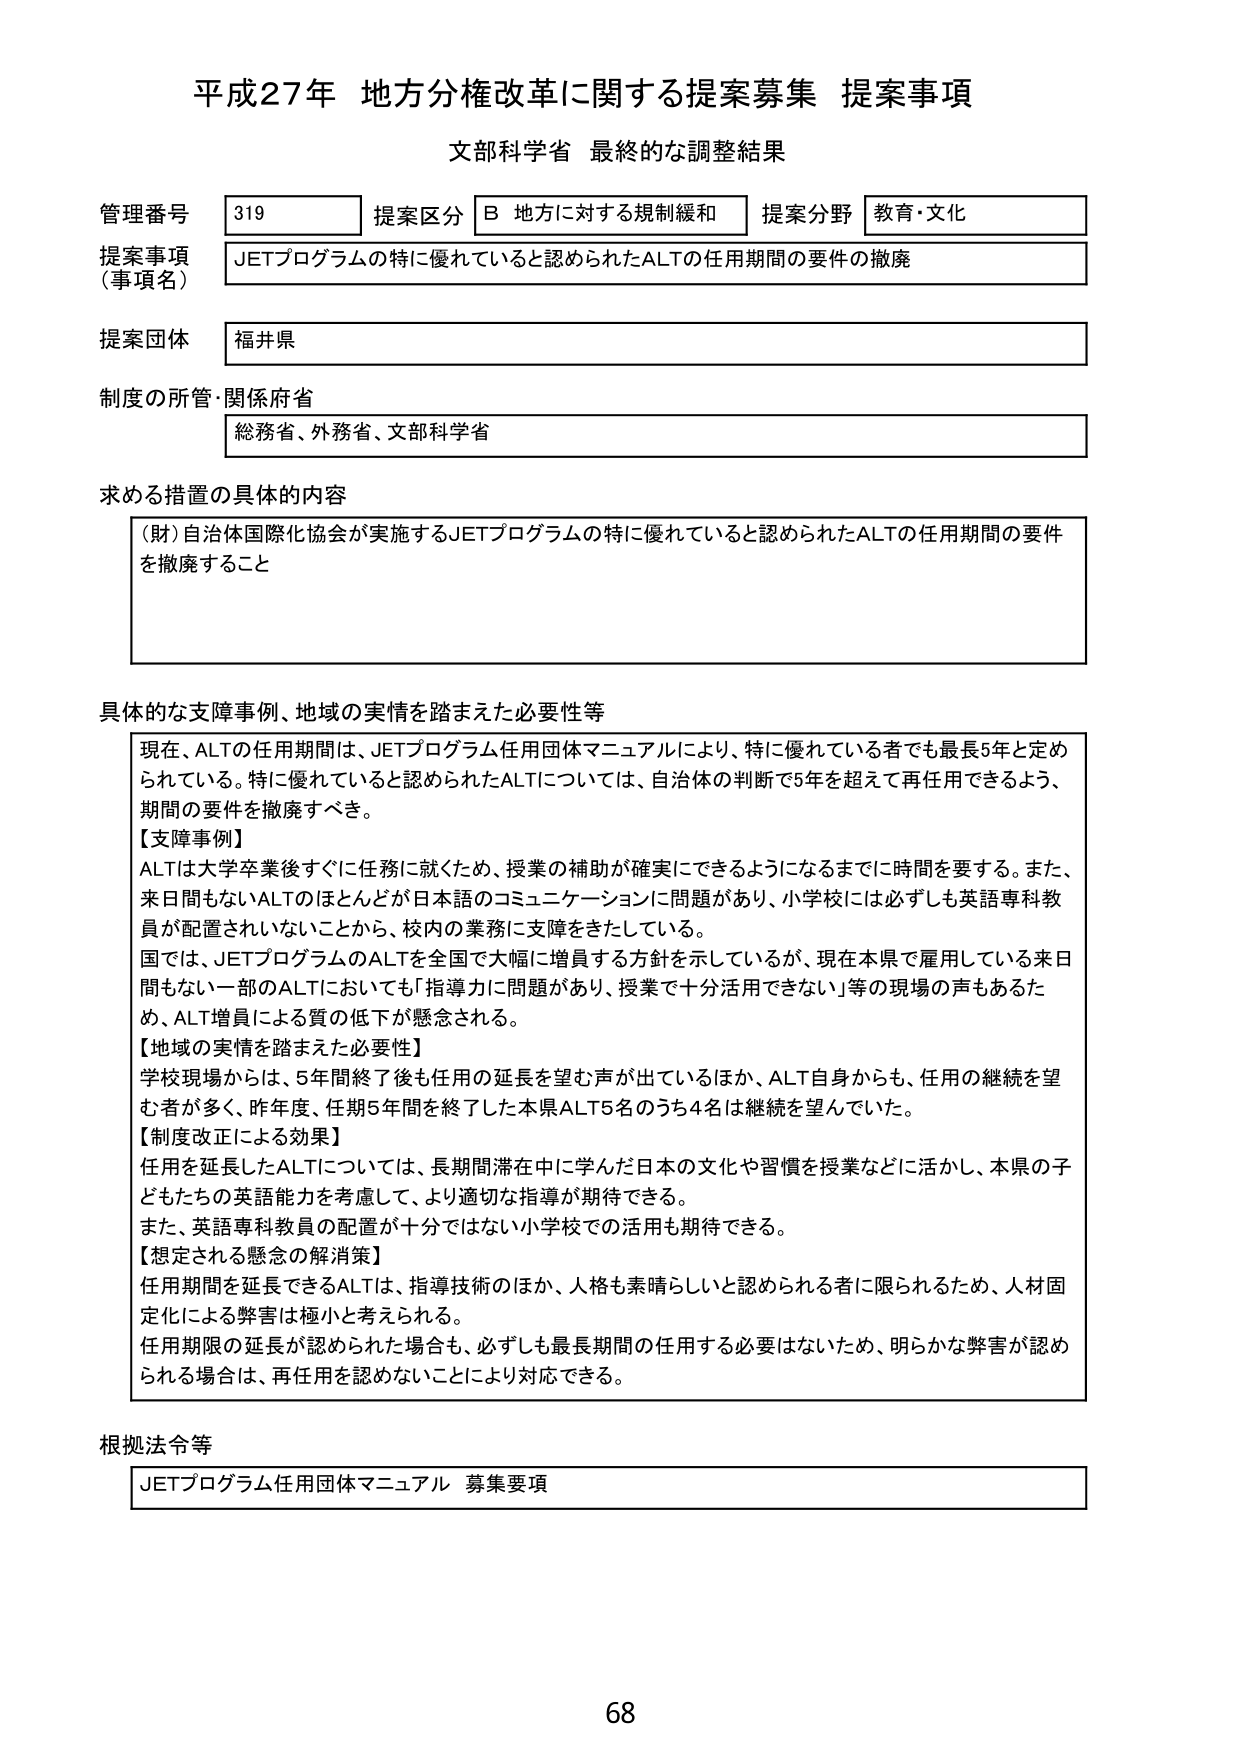
平成27年 地方分権改革に関する提案募集 提案事項
文部科学省 最終的な調整結果

管理番号 319 提案区分 B 地方に対する規制緩和 提案分野 教育・文化
提案事項（事項名） JETプログラムの特に優れていると認められたALTの任用期間の要件の撤廃
提案団体 福井県
制度の所管・関係府省 総務省、外務省、文部科学省

求める措置の具体的内容
（財）自治体国際化協会が実施するJETプログラムの特に優れていると認められたALTの任用期間の要件を撤廃すること

具体的な支障事例、地域の実情を踏まえた必要性等
現在、ALTの任用期間は、JETプログラム任用団体マニュアルにより、特に優れている者でも最長5年と定められている。特に優れていると認められたALTについては、自治体の判断で5年を超えて再任用できるよう、期間の要件を撤廃すべき。
【支障事例】
ALTは大学卒業後すぐに任務に就くため、授業の補助が確実にできるようになるまでに時間を要する。また、来日間もないALTのほとんどが日本語のコミュニケーションに問題があり、小学校には必ずしも英語専科教員が配置されていないことから、校内の業務に支障をきたしている。
国では、JETプログラムのALTを全国で大幅に増員する方針を示しているが、現在本県で雇用している来日間もない一部のALTにおいても「指導力に問題があり、授業で十分活用できない」等の現場の声もあるため、ALT増員による質の低下が懸念される。
【地域の実情を踏まえた必要性】
学校現場からは、5年間終了後も任用の延長を望む声が出ているほか、ALT自身からも、任用の継続を望む者が多く、昨年度、任期5年間を終了した本県ALT5名のうち4名は継続を望んでいた。
【制度改正による効果】
任用を延長したALTについては、長期間滞在中に学んだ日本の文化や習慣を授業などに活かし、本県の子どもたちの英語能力を考慮して、より適切な指導が期待できる。
また、英語専科教員の配置が十分ではない小学校での活用も期待できる。
【想定される懸念の解消策】
任用期間を延長できるALTは、指導技術のほか、人格も素晴らしいと認められる者に限られるため、人材固定化による弊害は極小と考えられる。
任用期限の延長が認められた場合も、必ずしも最長期間の任用する必要はないため、明らかな弊害が認められる場合は、再任用を認めないことにより対応できる。

根拠法令等
JETプログラム任用団体マニュアル 募集要項

68